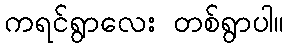
ကရင်ရွာလေး တစ်ရွာပါ။